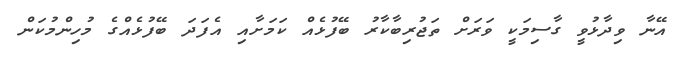
އޭނާ ވިދާޅުވީ ގާސިމަކީ ވަރަށް ތަޖުރިބާކާރު ބޭފުޅެއް ކަމަށާއި އެފަދަ ބޭފުޅެއްގެ މުހިންމުކަން